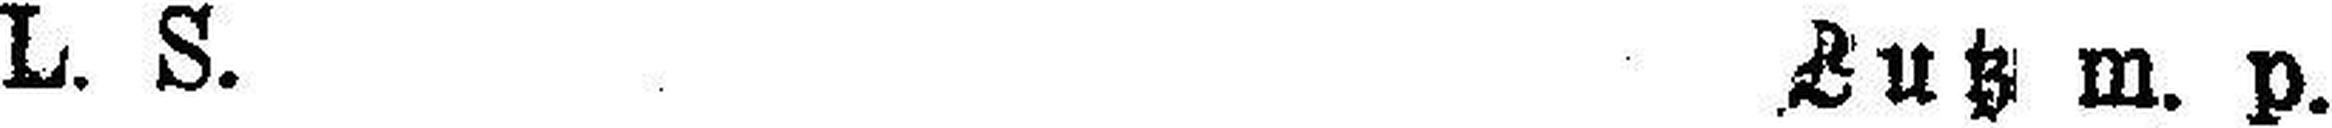
L. S. Lutz m. p.